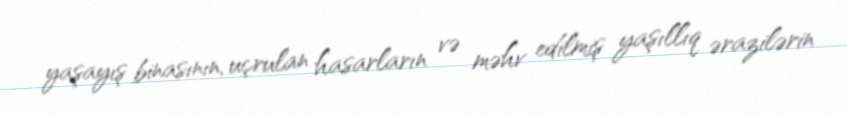
yaşayış binasının, uçrulan hasarların və məhv edilmiş yaşıllıq ərazilərin